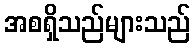
အစရှိသည်များသည်